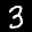
Label: 3